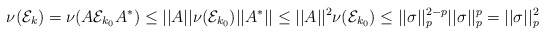
\begin{align*} \nu(\mathcal{E}_k) = \nu(A\mathcal{E}_{k_0}A^*) \leq ||A||\nu(\mathcal{E}_{k_0})||A^*|| \leq ||A||^2 \nu(\mathcal{E}_{k_0}) \leq ||\sigma||_p^{2-p}||\sigma||_p^p = ||\sigma||_p^2\end{align*}